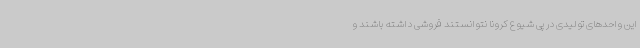
این واحدهای تولیدی در پی شیوع کرونا نتوانستند فروشی داشته ‌باشند و